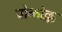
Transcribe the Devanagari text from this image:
पोकोक्क